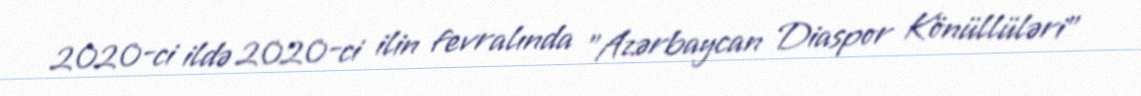
2020-ci ildə 2020-ci ilin fevralında "Azərbaycan Diaspor Könüllüləri"